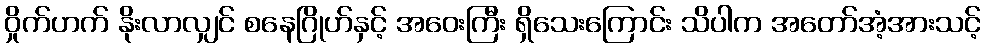
ဝှိုက်ဟက် နိုးလာလျှင် စနေဂြိုဟ်နှင့် အဝေးကြီး ရှိသေးကြောင်း သိပါက အတော်အံ့အားသင့်